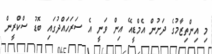
މި އިންތިޒާމުގެ ދަށުން އެމްޑީއޭ އިން ވަނީ އެ ސަރަހައްދުގައި ބޮޑު ސްކްރީން